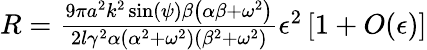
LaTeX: \begin{array}{r}{R=\frac{9\pi a^{2}k^{2}\sin(\psi)\beta\left(\alpha\beta+\omega^{2}\right)}{2l\gamma^{2}\alpha\left(\alpha^{2}+\omega^{2}\right)\left(\beta^{2}+\omega^{2}\right)}\epsilon^{2}\left[1+O(\epsilon)\right]}\end{array}